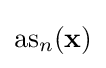
{\rm {as}}_{n}(\mathbf {x} )